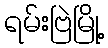
ရမ်းဗြဲမြို့